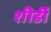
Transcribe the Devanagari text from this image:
शीर्डी